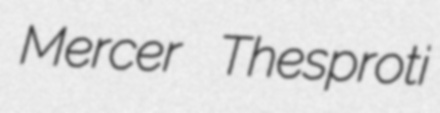
Mercer Thesproti